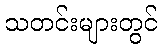
သတင်းများတွင်